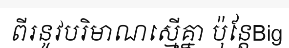
ពីរនូវបរិមាណស្មើគ្នា ប៉ុន្តែBig